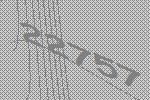
22757